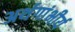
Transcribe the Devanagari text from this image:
अर्थगांभीर्य